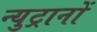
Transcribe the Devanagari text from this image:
न्युट्रानों